Sketch of the medical history of the native army of Bombay, for the year
Year: 1876
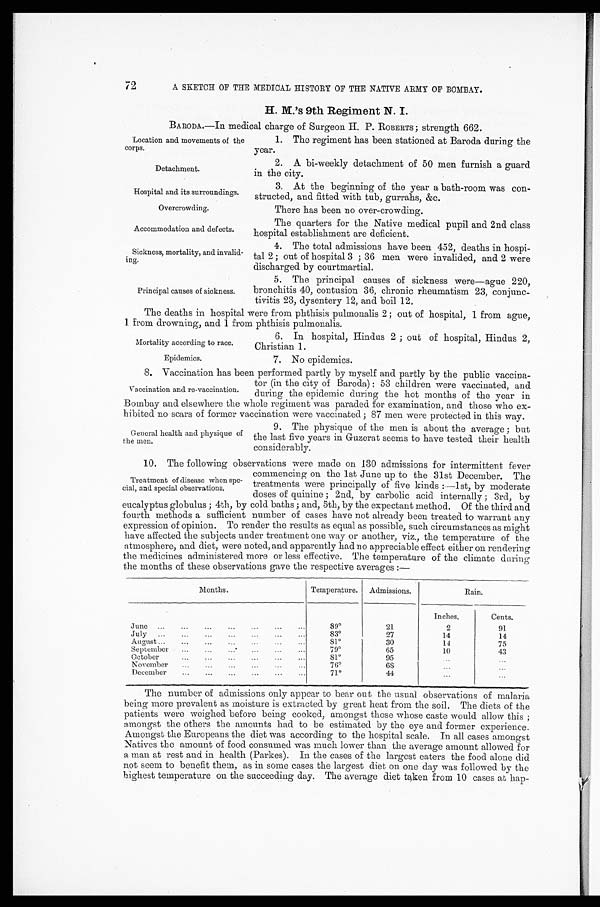
Location and movements of the
corps.
Detachment.
Hospital and its surroundings.
Overcrowding.
Accommodation and defects.
Sickness, mortality, and invalid-
ing.
Principal causes of sickness.
Mortality according to race.
Epidemics.
72
A SKETCH OF THE MEDICAL HISTORY OF THE NATIVE ARMY OF BOMBAY.
H. M.’s 9th Regiment N. I.
BARODA.—In medical charge of Surgeon H. P. ROBERTS ; strength 662.
1. The regiment has been stationed at Baroda during the
year.
2. A bi-weekly detachment of 50 men furnish a guard
in the city.
3. At the beginning of the year a bath-room was con-
structed, and fitted with tub, gurrahs, &c.
There has been no over-crowding.
The quarters for the Native medical pupil and 2nd class
hospital establishment are deficient.
4. The total admissions have been 452, deaths in hospi
-tal 2 ; out of hospital 3 ; 36 men were invalided, and 2 were
discharged by courtmartial.
5. The principal causes of sickness were—ague 220,
bronchitis 40, contusion 36, chronic rheumatism 23, conjunc-
tivitis 23, dysentery 12, and boil 12.
The deaths in hospital were from phthisis pulmonalis 2; out of hospital, 1 from ague,
1 from drowning, and 1 from phthisis pulmonalis.
6. In hospital, Hindus 2 ; out of hospital, Hindus 2,
Christian 1.
7. No epidemics.
8. Vaccination has been performed partly by myself and partly by the public vaccina
-tor (in the city of Baroda) : 53 children were vaccinated, and
during the epidemic during the hot months of the year in
Bombay and elsewhere the whole regiment was paraded for examination, and those who ex
-hibited no scars of former vaccination were vaccinated ; 87 men were protected in this way.
Vaccination and re-vaccination.
General health and physique of
the men.
9. The physique of the men is about the average ; but
the last five years in Guzerat seems to have tested their health
considerably.
10. The following observations were made on 130 admissions for intermittent fever
commencing on the 1st June up to the 31st December. The
treatments were principally of five kinds :—1st, by moderate
doses of quinine ; 2nd, by carbolic acid internally ; 3rd, by
eucalyptus globulus ; 4th, by cold baths ; and, 5th, by the expectant method. Of the third and
fourth methods a sufficient number of cases have not already been treated to warrant any
expression of opinion. To render the results as equal as possible, such circumstances as might
have affected the subjects under treatment one way or another, viz., the temperature of the
atmosphere, and diet, were noted, and apparently had no appreciable effect either on rendering
the medicines administered more or less effective. The temperature of the climate durin g
the months of these observations gave the respective averages :—
Months.
Temperature.
Admissions.
Rain.
Inches.
Cents.
June
...
...
...
...
...
8 9°21
2
91
July
...
...
...
...
...
83°27
14
14
August ... ...
...
...
81°30
14
75
September
...
...
... ...
7 9°65
10
43
October
...
81°95
...
...
November
...
...
...
...
...
7 6°68
. . .
. . .
December ...
...
...
...
71°44
...
. . .
The number of admissions only appear to bear out the usual observations of malaria
being more prevalent as moisture is extracted by great heat from the soil. The diets of the
patients were weighed before being cooked, amongst those whose caste would allow this ;
amongst the others the amounts had to be estimated by the eye and former experience.
Amongst the Europeans the diet was according to the hospital scale. In all cases amongst
Natives the amount of food consumed was much lower than the average amount allowed for
a man at rest and in health (Parkes). In the cases of the largest eaters the food alone did
not seem to benefit them, as in some cases the largest diet on one day was followed by the
highest temperature on the succeeding day. The average diet taken from 10 cases at hap-
Treatment of disease when spe-
cial, and special observations.